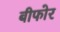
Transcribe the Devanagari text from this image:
बीफोर